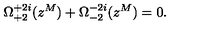
\Omega _ { + 2 } ^ { + 2 i } ( z ^ { M } ) + \Omega _ { - 2 } ^ { - 2 i } ( z ^ { M } ) = 0 .